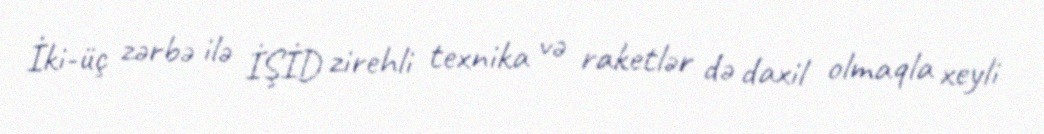
İki-üç zərbə ilə İŞİD zirehli texnika və raketlər də daxil olmaqla xeyli